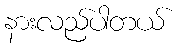
နားလည်ပါတယ်